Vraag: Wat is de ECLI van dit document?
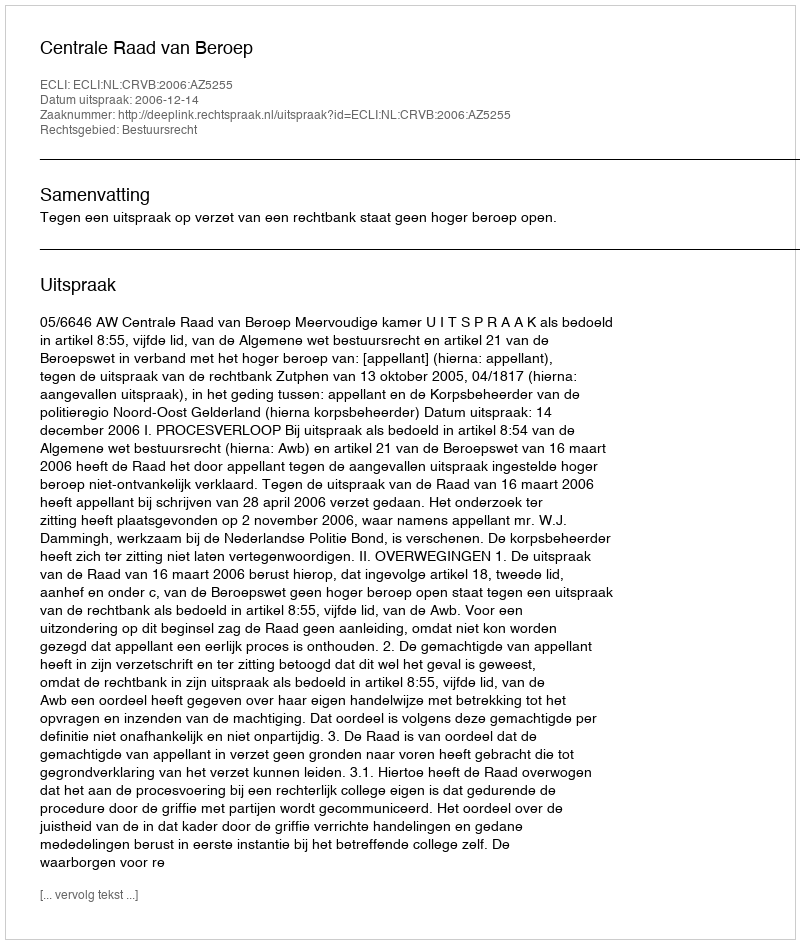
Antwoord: ECLI:NL:CRVB:2006:AZ5255